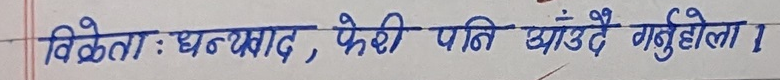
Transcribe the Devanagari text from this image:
बिकेता : धन्यवाद, फेरि पनि आउँदै गर्नुहोला ।